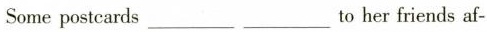
Some postcards___ ___to her friends af-